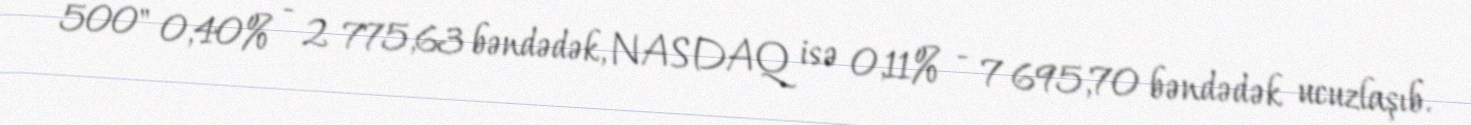
500" 0,40% - 2 775,63 bəndədək, NASDAQ isə 0,11% - 7 695,70 bəndədək ucuzlaşıb.